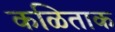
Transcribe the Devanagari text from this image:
कळिताक